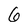
Character: 6